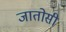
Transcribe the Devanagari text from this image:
जातोसी